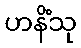
ဟနိံသု